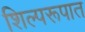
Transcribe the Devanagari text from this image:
शिल्परूपात